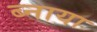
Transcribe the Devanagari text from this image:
ब्नाया